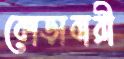
কোড়াবারী